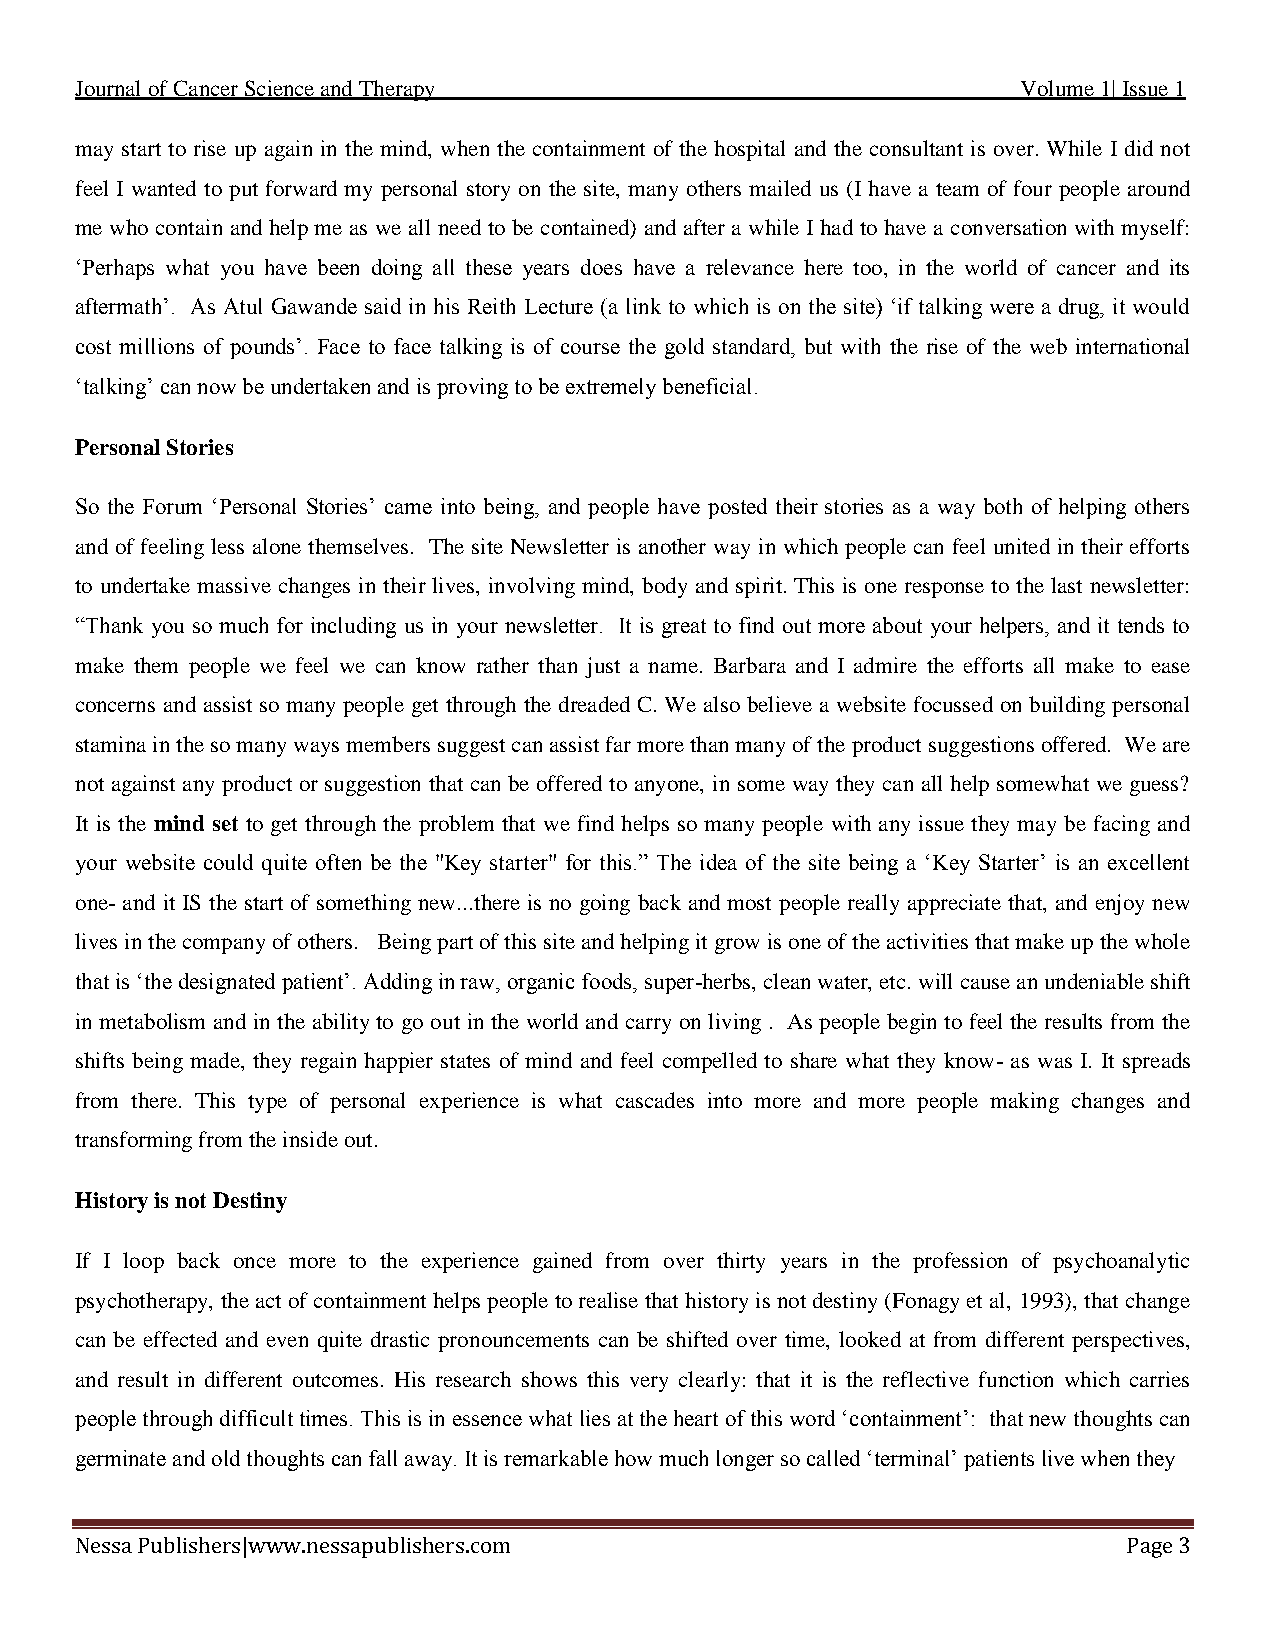
Journal of Cancer Science and Therapy                          Volume 1| Issue 1
 may start to rise up again in the mind, when the containment of the hospital and the consultant is over. While I did not
 feel I wanted to put forward my personal story on the site, many others mailed us (I have a team of four people around
 me who contain and help me as we all need to be contained) and after a while I had to have a conversation with myself:
 ‘Perhaps what you have been doing all these years does have a relevance here too, in the world of cancer and its
 aftermath’. As Atul Gawande said in his Reith Lecture (a link to which is on the site) ‘if talking were a drug, it would
 cost millions of pounds’. Face to face talking is of course the gold standard, but with the rise of the web international
 ‘talking’ can now be undertaken and is proving to be extremely beneficial.
 Personal Stories
 So the Forum ‘Personal Stories’ came into being, and people have posted their stories as a way both of helping others
 and of feeling less alone themselves. The site Newsletter is another way in which people can feel united in their efforts
 to undertake massive changes in their lives, involving mind, body and spirit. This is one response to the last newsletter:
 “Thank you so much for including us in your newsletter. It is great to find out more about your helpers, and it tends to
 make them people we feel we can know rather than just a name. Barbara and I admire the efforts all make to ease
 concerns and assist so many people get through the dreaded C. We also believe a website focussed on building personal
 stamina in the so many ways members suggest can assist far more than many of the product suggestions offered. We are
 not against any product or suggestion that can be offered to anyone, in some way they can all help somewhat we guess?
 It is the mind set to get through the problem that we find helps so many people with any issue they may be facing and
 your website could quite often be the "Key starter" for this.” The idea of the site being a ‘Key Starter’ is an excellent
 one- and it IS the start of something new...there is no going back and most people really appreciate that, and enjoy new
 lives in the company of others. Being part of this site and helping it grow is one of the activities that make up the whole
 that is ‘the designated patient’. Adding in raw, organic foods, super-herbs, clean water, etc. will cause an undeniable shift
 in metabolism and in the ability to go out in the world and carry on living . As people begin to feel the results from the
 shifts being made, they regain happier states of mind and feel compelled to share what they know- as was I. It spreads
 from there. This type of personal experience is what cascades into more and more people making changes and
 transforming from the inside out.
 History is not Destiny
 If I loop back once more to the experience gained from over thirty years in the profession of psychoanalytic
 psychotherapy, the act of containment helps people to realise that history is not destiny (Fonagy et al, 1993), that change
 can be effected and even quite drastic pronouncements can be shifted over time, looked at from different perspectives,
 and result in different outcomes. His research shows this very clearly: that it is the reflective function which carries
 people through difficult times. This is in essence what lies at the heart of this word ‘containment’: that new thoughts can
 germinate and old thoughts can fall away. It is remarkable how much longer so called ‘terminal’ patients live when they
 Nessa Publishers|www.nessapublishers.com                              Page 3